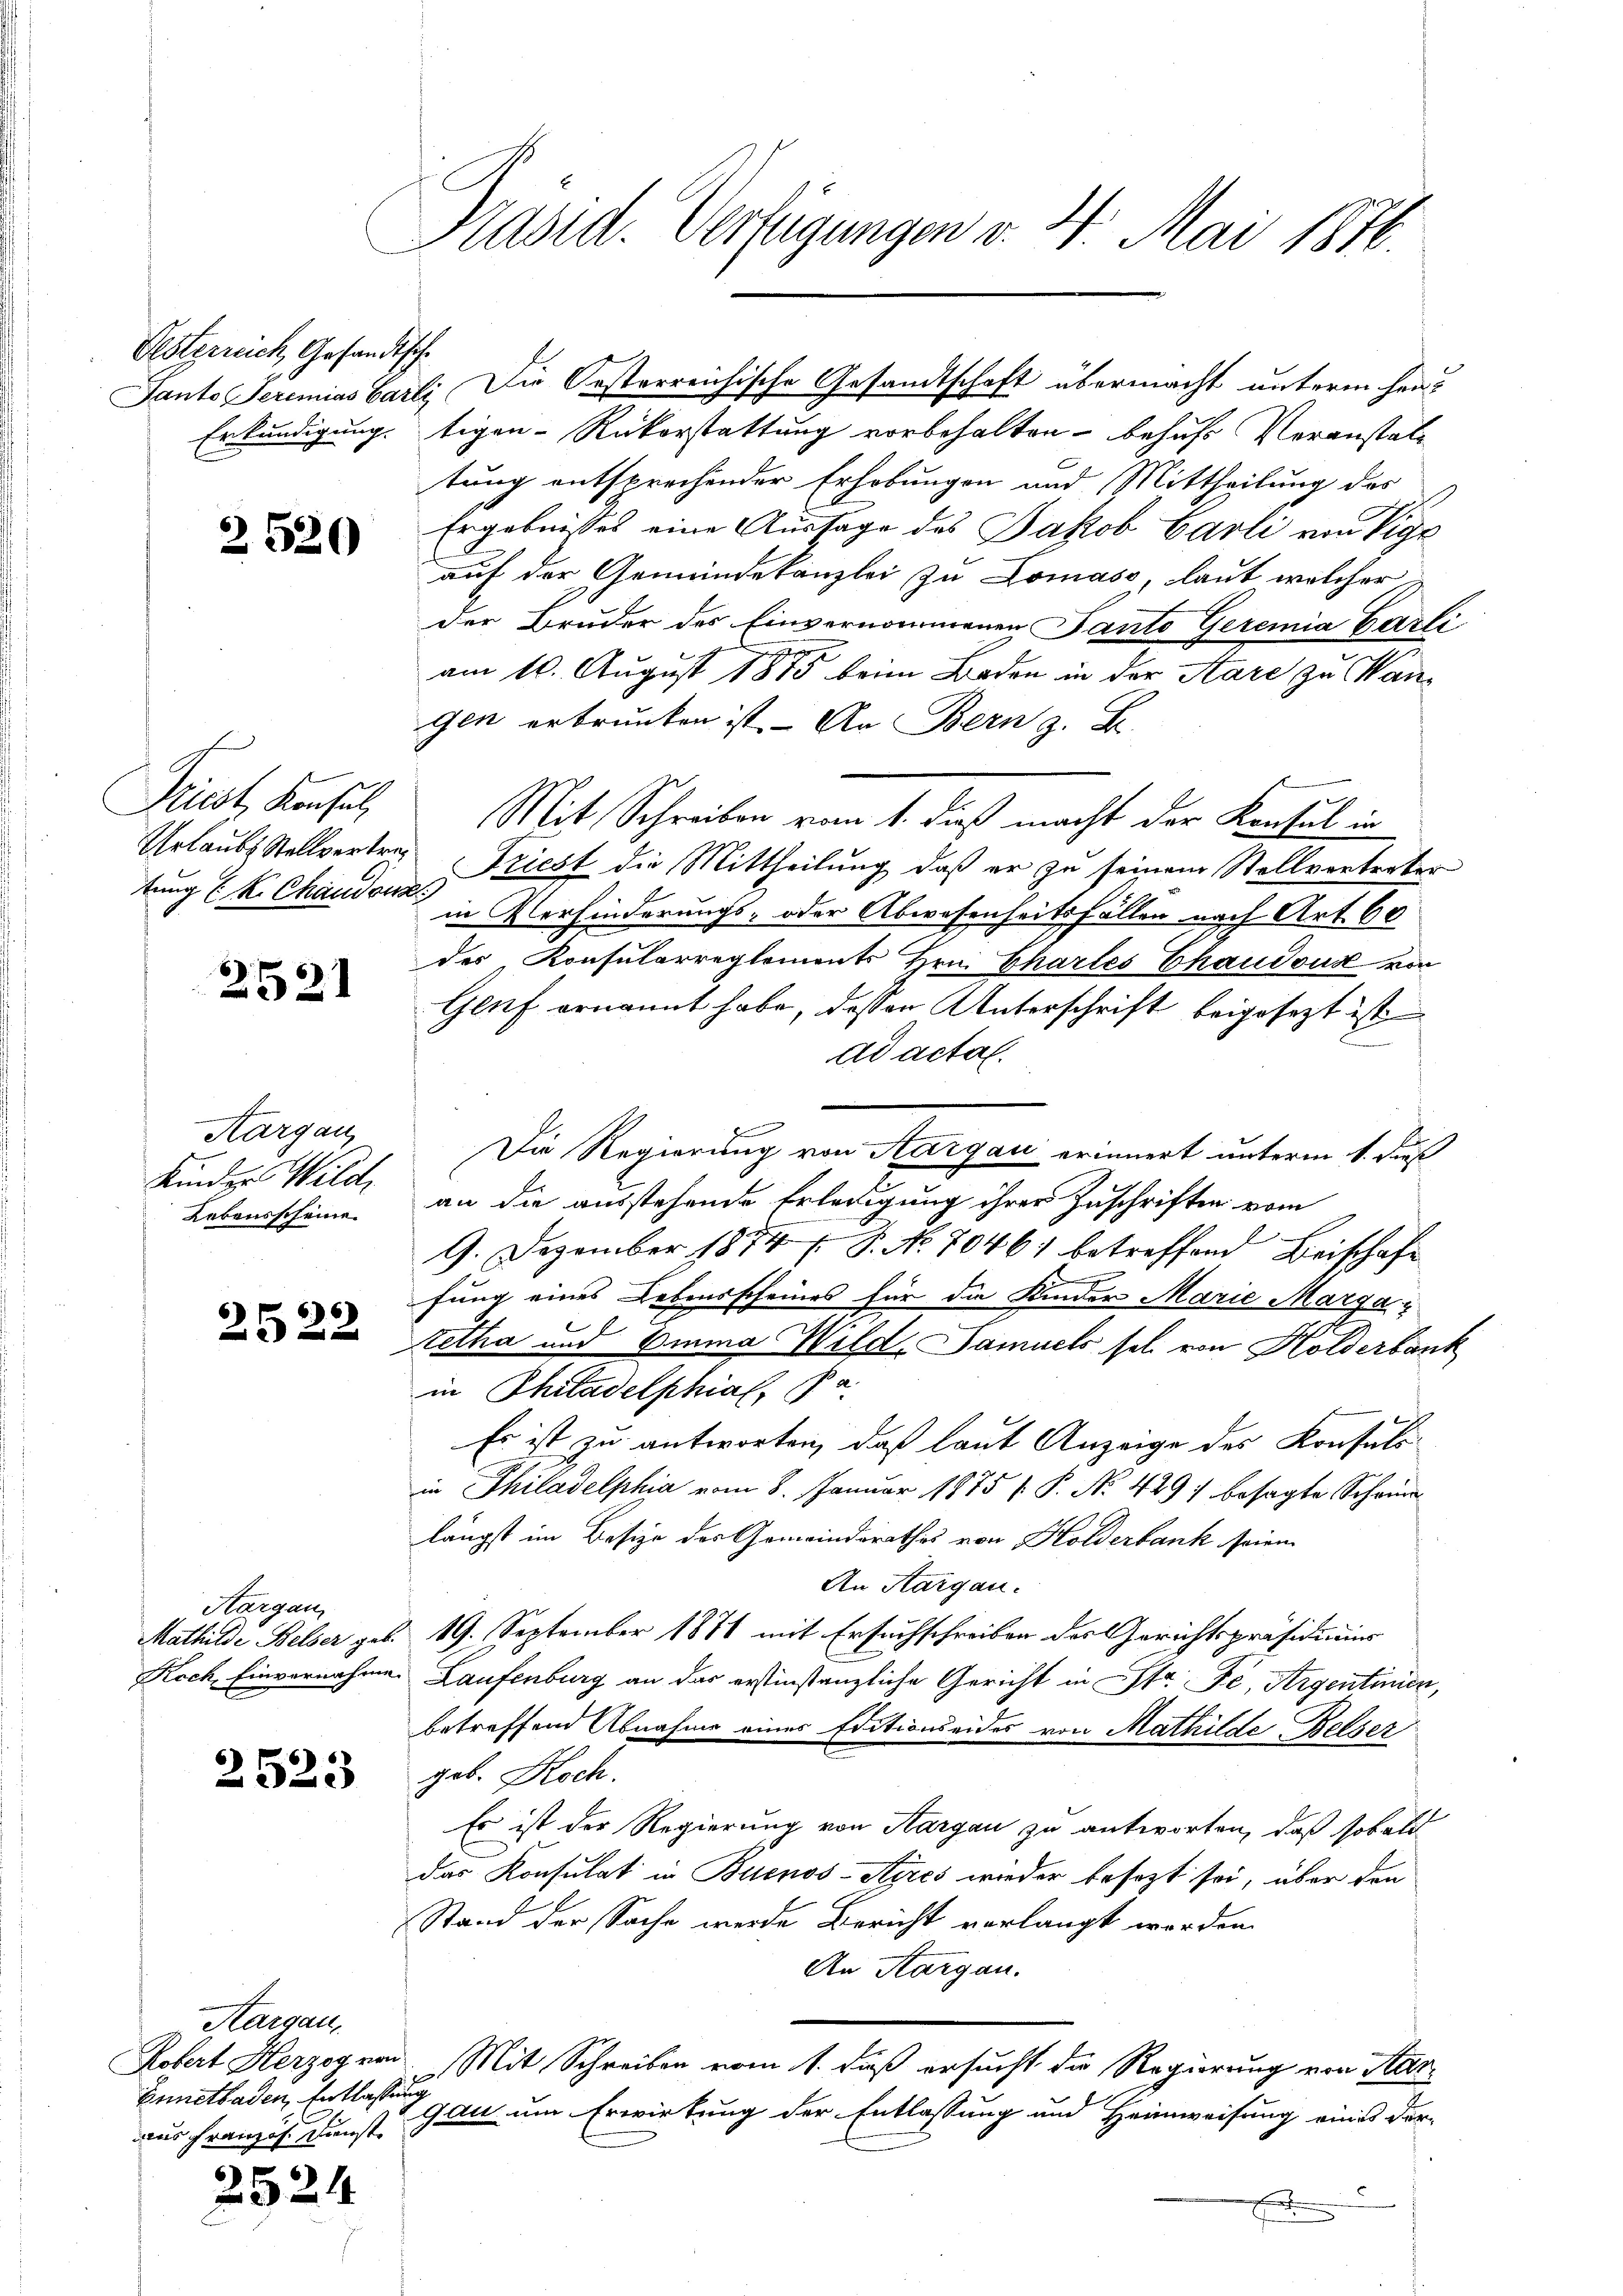
Oesterreich, Gesandtsche

2520

Kiest Konsul

2521

f
Hargau,
Kinder Wild,
Lebensscheine.

2522

Aargau,

2523

Hargau
Ennetbaden, Entlassung
aus Französ. Dunst

2524

Präsid. Verfügungen v. 4. Mai 1876.

Erkundigung. Eigen-Rükerstattung vorbehalten behufs Veranstalt
tung entsprechender Erhobungen und Mittheilung des
Ergebnisses eine Aussage des Jakob Carli von Vige
auf der Gemeindekanzlei zu Domass, laut welcher
der Bruder des Einvernommenen Tanto Geremia Carli
am 10. August 1885 beim Boden in der Aare zu Wangen ertrunken ist. - An Bern z. B.
Mit Schreiben vom 1. dieß macht der Konsul in
Grlaubes Stellvertre. Friest die Mittheilung, daß er zu seinem Stellvertreter
tung (k. Chamont in Verhinderungs- oder Abwesenheitsfällen nach Art. 60
des Konsularreglements Hrn. Chartes Ehaudous von
Genf ernannt habe, dessen Unterschrift beigesezt ist
ad acta.
Die Regierung von Aargau erinnert unterm 1. daß
an die ausstehende Erledigung ihrer Zuschriften vom
9. Dezember 1874 f. P. No 7046) betreffend Beischaft
.
fung eines Lebensscheines für die Kinder Marie Margatetha und Emma Wild. Samuels sel von Hölderbank
in Philadelphial, Pa
Es ist zu antworten, daß laut Anzeige des Konsuls
in Philadelphia vom 8. Januar 1875 / P. Nr. 429 besagte Scheine
längst im Besize des Gemeindsrathes von Holderbank seien
An Thurgau.
Mathilde Belser geb. 19. September 1871 mit Ersuchschreiben des Gerichtspräsidiums
Koch, Einvernahme. Laufenburg an das erstinstanzliche Gericht in Str. Fe, Argentümer,
betreffend Abnahme eines Editionseides von Mathilde Belser
geb. Koch.
Es ist der Regierung von Aargau zu antworten, daß sobald
das Konsulat in Buenos-Ayres wieder besezt sei, über den
Stand der Sache werde Bericht verlangt worden.
An Aargau.
Kobert Herzogen. Mit Schreiben vom 1. daß ersucht die Regierung von Kargau um Erwirkung der Entlassung und Heimweisung eines der-
F

Panto Seremias Carli, Die Oesterreichische Gesandtschaft übermacht unterm her¬